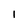
Character: 1